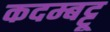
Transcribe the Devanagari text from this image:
कदम्बट्टू